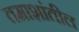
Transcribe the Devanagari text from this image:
तमाशांतील